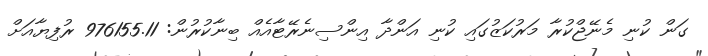
ގަން ކުނި މެނޭޖްކުރާ މަރުކަޒުގައި ކުނި އަންދާ އިންސިނެރޭޓާއެއް ބިނާކުރުން: 976155.11 ރުފިޔާއަށް